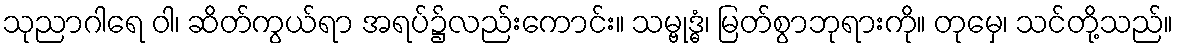
သုညာဂါရေ ဝါ၊ ဆိတ်ကွယ်ရာ အရပ်၌လည်းကောင်း။ သမ္ဗုဒ္ဓံ၊ မြတ်စွာဘုရားကို။ တုမှေ၊ သင်တို့သည်။